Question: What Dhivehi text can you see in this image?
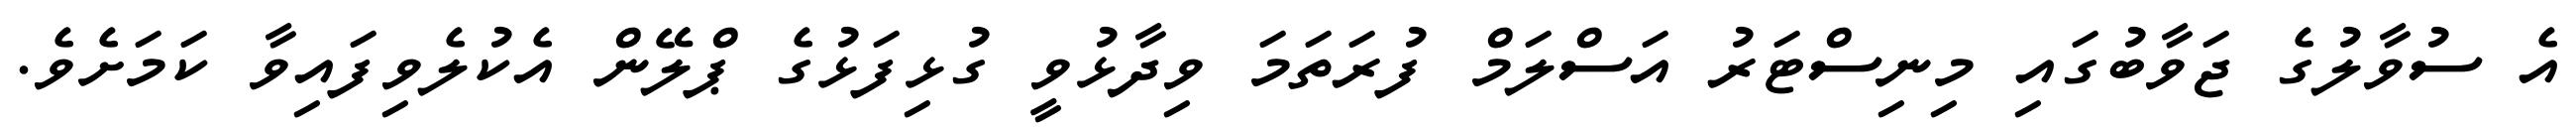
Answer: އެ ސުވާލުގެ ޖަވާބުގައި މިނިސްޓަރު އަސްލަމް ފުރަތަމަ ވިދާޅުވީ ގުޅިފަޅުގެ ޕްލޭން އެކުލެވިފައިވާ ކަމަށެވެ.